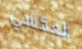
العكسي